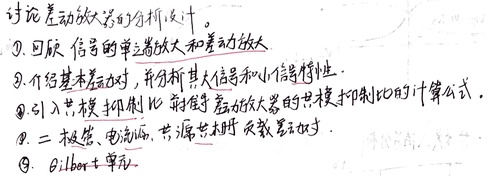
讨论差动放大器的分析设计。
9. 回顾信号的单端放大和差动放大
9. 介绍基本差动对，并分析其大信号和小信号模型特性。
9. 引入共模抑制比，推导差动放大器的共模抑制比的计算公式。
9. 二极管、电流源，共源共栅对，负载差动对。
9. Gilbert 单元。